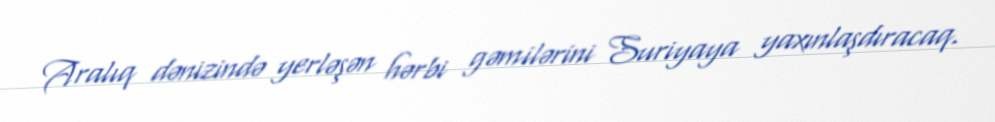
Aralıq dənizində yerləşən hərbi gəmilərini Suriyaya yaxınlaşdıracaq.